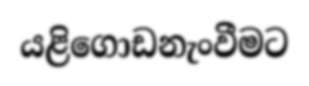
යළිගොඩනැංවීමට